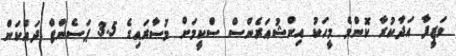
ވަޒީފާ އަދާކުރާ ކޮންމެ މީހަކު އިންޝުއަރެންސް ސްކީމަށް މުސާރައިގެ 3.5 ޕަސެންޓް ދައްކަން